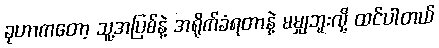
ခုဟာကတော့ သူ့အပြစ်နဲ့ အရိုက်ခံရတာနဲ့ မမျှဘူးလို့ ထင်ပါတယ်